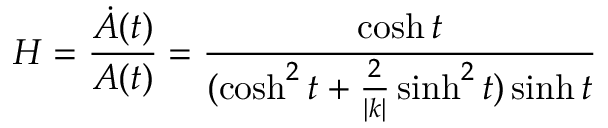
H = \frac { \dot { A } ( t ) } { A ( t ) } = \frac { \cosh t } { ( \cosh ^ { 2 } t + \frac { 2 } { | k | } \sinh ^ { 2 } t ) \sinh t }